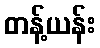
တန့်ယန်း